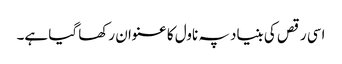
اسی رقص کی بنیاد پہ ناول کا عنوان رکھا گیا ہے۔